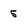
Character: 5